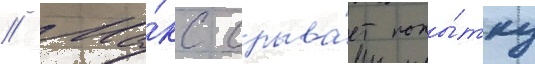
// Ма́кс срыва́ет попы́тку